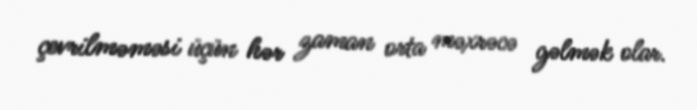
çevrilməməsi üçün hər zaman orta məxrəcə gəlmək olar.